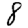
Digit: 8